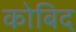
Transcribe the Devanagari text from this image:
कोबिद